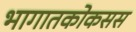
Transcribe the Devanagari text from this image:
भागातकोकसस